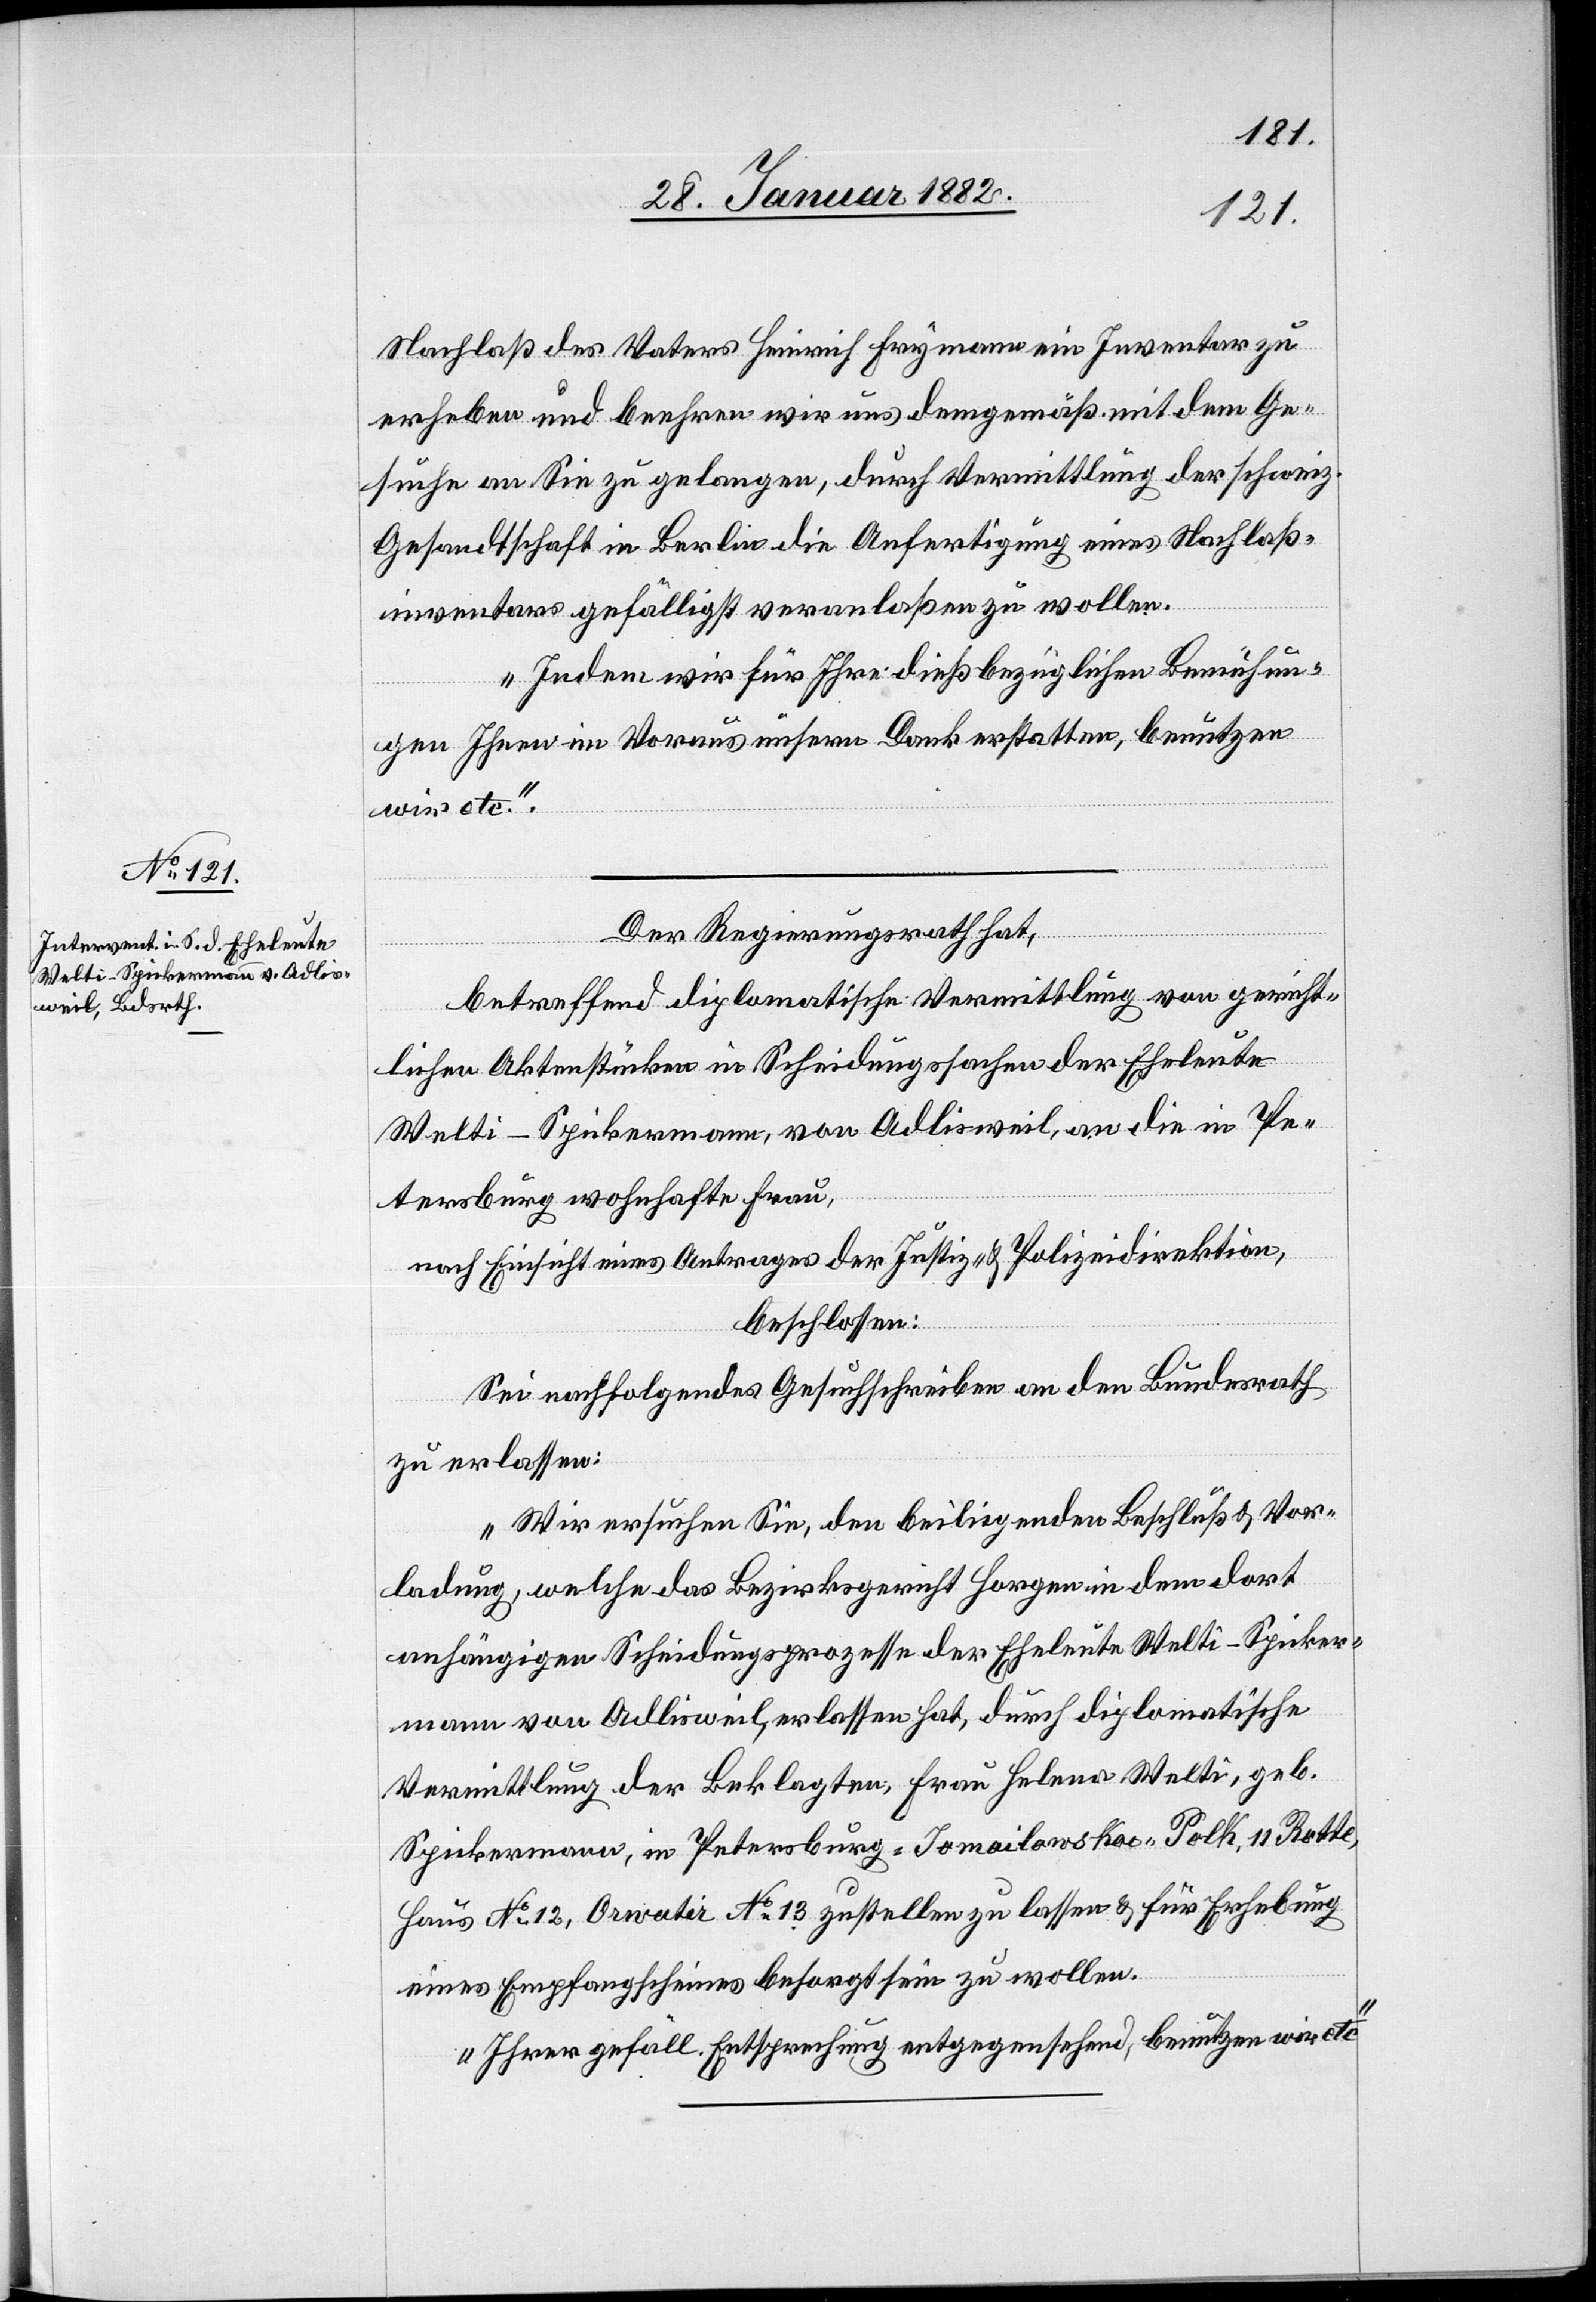
Nachlaß des Vaters Heinrich Frymann ein Inventar zu
erheben und beehren wir uns demgemäß mit dem Ge¬
suche an Sie zu gelangen, durch Vermittlung der schweiz.
Gesandtschaft in Berlin die Anfertigung eines Nachlaß¬
inventars gefälligst veranlaßen zu wollen.
Indem wir für Ihre dießbezüglichen Bemühun¬
gen Ihnen im Voraus insofern Dank erstatten, benutzen
wir etc.“
Der Regierungsrath hat,
betreffend diplomatische Vermittlung von gericht¬
lichen Aktenstücken in Scheidungssachen der Eheleute
Welti-Spickermann, von Adliswil, an die in Pe¬
tersburg wohnhafte Frau,
nach Einsicht eines Antrages der Justiz- & Polizeidirektion,
beschlossen:
Sei nachfolgendes Gesuchsschreiben an den Bundesrath
zu erlassen:
„Wir ersuchen Sie, den beiliegenden Beschluß & Vor¬
ladung, welche das Bezirksgericht Horgen in dem dort
anhängigen Scheidungsprozesse der Eheleute Welti-Spicker¬
mann von Adliswil, erlassen hat, durch diplomatische
Vermittlung der Beklagten Frau Helena Welti, geb.
Spickermann, Petersburg - Jomailowskor - Polk. 11 Rotte,
Haus No 12, Orwatir No 13 zustellen zu lassen & für Erhebung
eines Empfangscheines besorgt sein zu wollen.
Ihrer gefäll. Entsprechung entgegensehend, benutzen wir etc.“